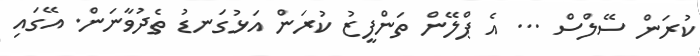
ކުރަން ސޭލްސް ... އެ ޕްލޭން ތަންފީޒު ކުރަން އަޅުގަނޑު ތެދުވާނަން. އޭގައި